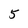
Character: 5